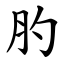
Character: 肑